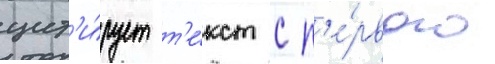
цит'и́рует т'е́кст с п'е́рвого